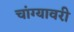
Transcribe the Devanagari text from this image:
चांग्यावरी